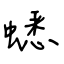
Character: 蟋